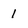
Character: 1